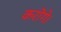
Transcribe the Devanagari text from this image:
करॊगे।